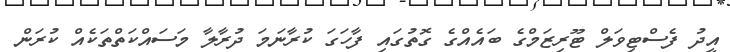
އީދު ފެސްޓިވަލް ޓޫރިޒަމްގެ ބައެއްގެ ގޮތުގައި ފާހަގަ ކުރާނަމަ ދުރާލާ މަސައްކަތްތަކެއް ކުރަން